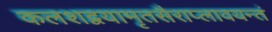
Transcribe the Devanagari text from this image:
कलशद्वयामृतसैराप्लावयन्तं